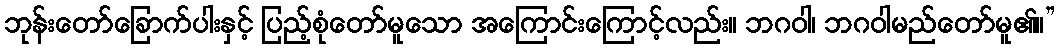
ဘုန်းတော်ခြောက်ပါးနှင့် ပြည့်စုံတော်မူသော အကြောင်းကြောင့်လည်း။ ဘဂဝါ၊ ဘဂဝါမည်တော်မူ၏။”